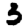
Digit: 3